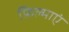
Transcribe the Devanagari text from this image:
फ़िल्माएं